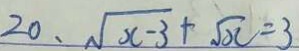
2 0 、 \sqrt { x - 3 } + \sqrt { x } = 3